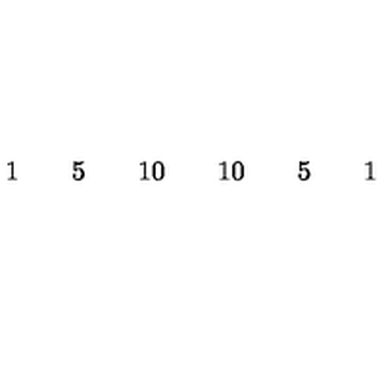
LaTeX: \begin{array} { c c c c c c c c c c c c c c c c c } { } & { } & { } & { 1 } & { } & { 5 } & { } & { 1 0 } & { } & { 1 0 } & { } & { 5 } & { } & { 1 } & { } & { } & { } \\ \end{array}